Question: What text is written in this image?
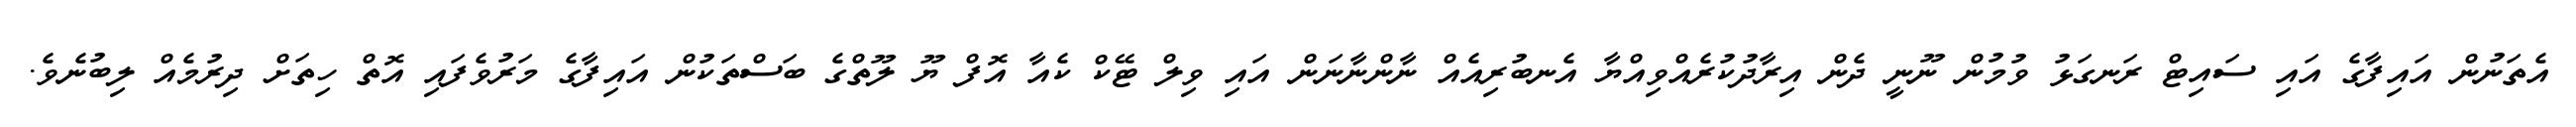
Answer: އެތަނުން އައިފާގެ އައި ސައިޓް ރަނގަޅު ވުމުން ނޫނީ ދެން އިރާދުކުރެއްވިއްޔާ އެނބުރިއެއް ނާންނާނަން އައި ވިލް ޓޭކް ކެއާ އޮފް ޔޫ ލޫތްގެ ބަސްތަކުން އައިފާގެ މަރުވެފައި އޮތް ހިތަށް ދިރުމެއް ލިބުނެވެ.